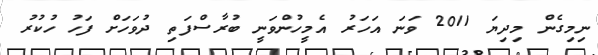
ނިމިގެން މިދިޔަ 2011 ވަނަ އަހަރު އެމީހުންވަނީ ބުރާސްފަތި ދުވަހަށް ފަހު ހުކުރު